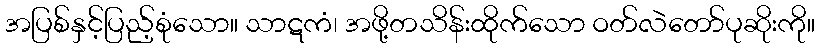
အပြစ်နှင့်ပြည့်စုံသော။ သာဋကံ၊ အဖို့တသိန်းထိုက်သော ဝတ်လဲတော်ပုဆိုးကို။